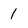
Character: 1